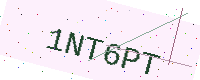
Text: 1NT6PT